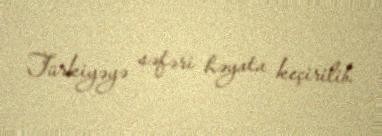
Türkiyəyə səfəri həyata keçirilib.